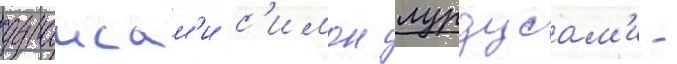
дураисам'и с'имон лурдусам'и -